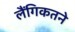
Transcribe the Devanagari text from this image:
लैंगिकतने